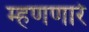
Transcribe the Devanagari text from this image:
म्हणणारे